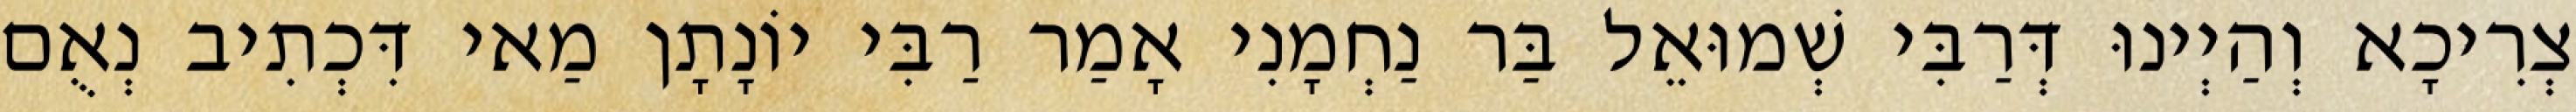
צְרִיכָא וְהַיְינוּ דְּרַבִּי שְׁמוּאֵל בַּר נַחְמָנִי אָמַר רַבִּי יוֹנָתָן מַאי דִּכְתִיב נְאֻם